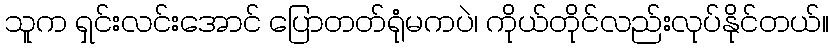
သူက ရှင်းလင်းအောင် ပြောတတ်ရုံမကပဲ၊ ကိုယ်တိုင်လည်းလုပ်နိုင်တယ်။